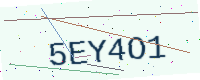
Text: 5EY4O1